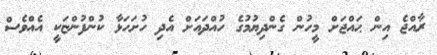
ރާއްޖެ އިން ޙައްޖަށް މީހުން ގެންދިޔުމުގެ ހުއްދައަށް އެދި ހުށަހަޅާ ކުންފުންޏަކީ އެއްވެސް